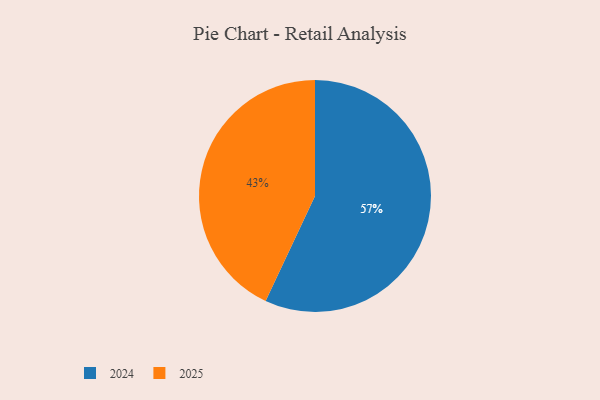
{"axis": {"x": "Category", "y": "Percentage"}, "legend": ["2024", "2025"], "data": [{"x": "2025", "y": 43, "type": "2025"}, {"x": "2024", "y": 57, "type": "2024"}]}